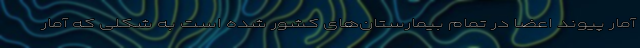
آمار پیوند اعضا در تمام بیمارستان‌های کشور شده است به شکلی که آمار